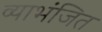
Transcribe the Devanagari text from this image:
व्याभंजित